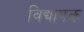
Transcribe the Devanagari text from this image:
विद्यापक